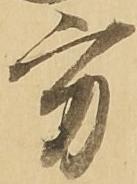
方